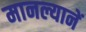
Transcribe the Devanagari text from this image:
मानल्यानें